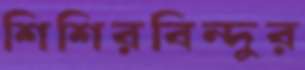
শিশিরবিন্দুর